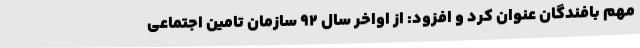
مهم بافندگان عنوان کرد و افزود: از اواخر سال 92 سازمان تامین اجتماعی